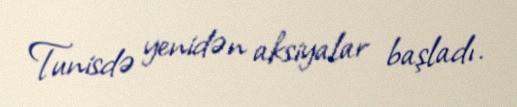
Tunisdə yenidən aksiyalar başladı.